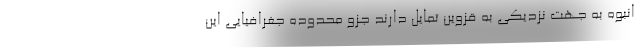
انبوه به جهت نزدیکی به قزوین تمایل دارند جزو محدوده جغرافیایی این